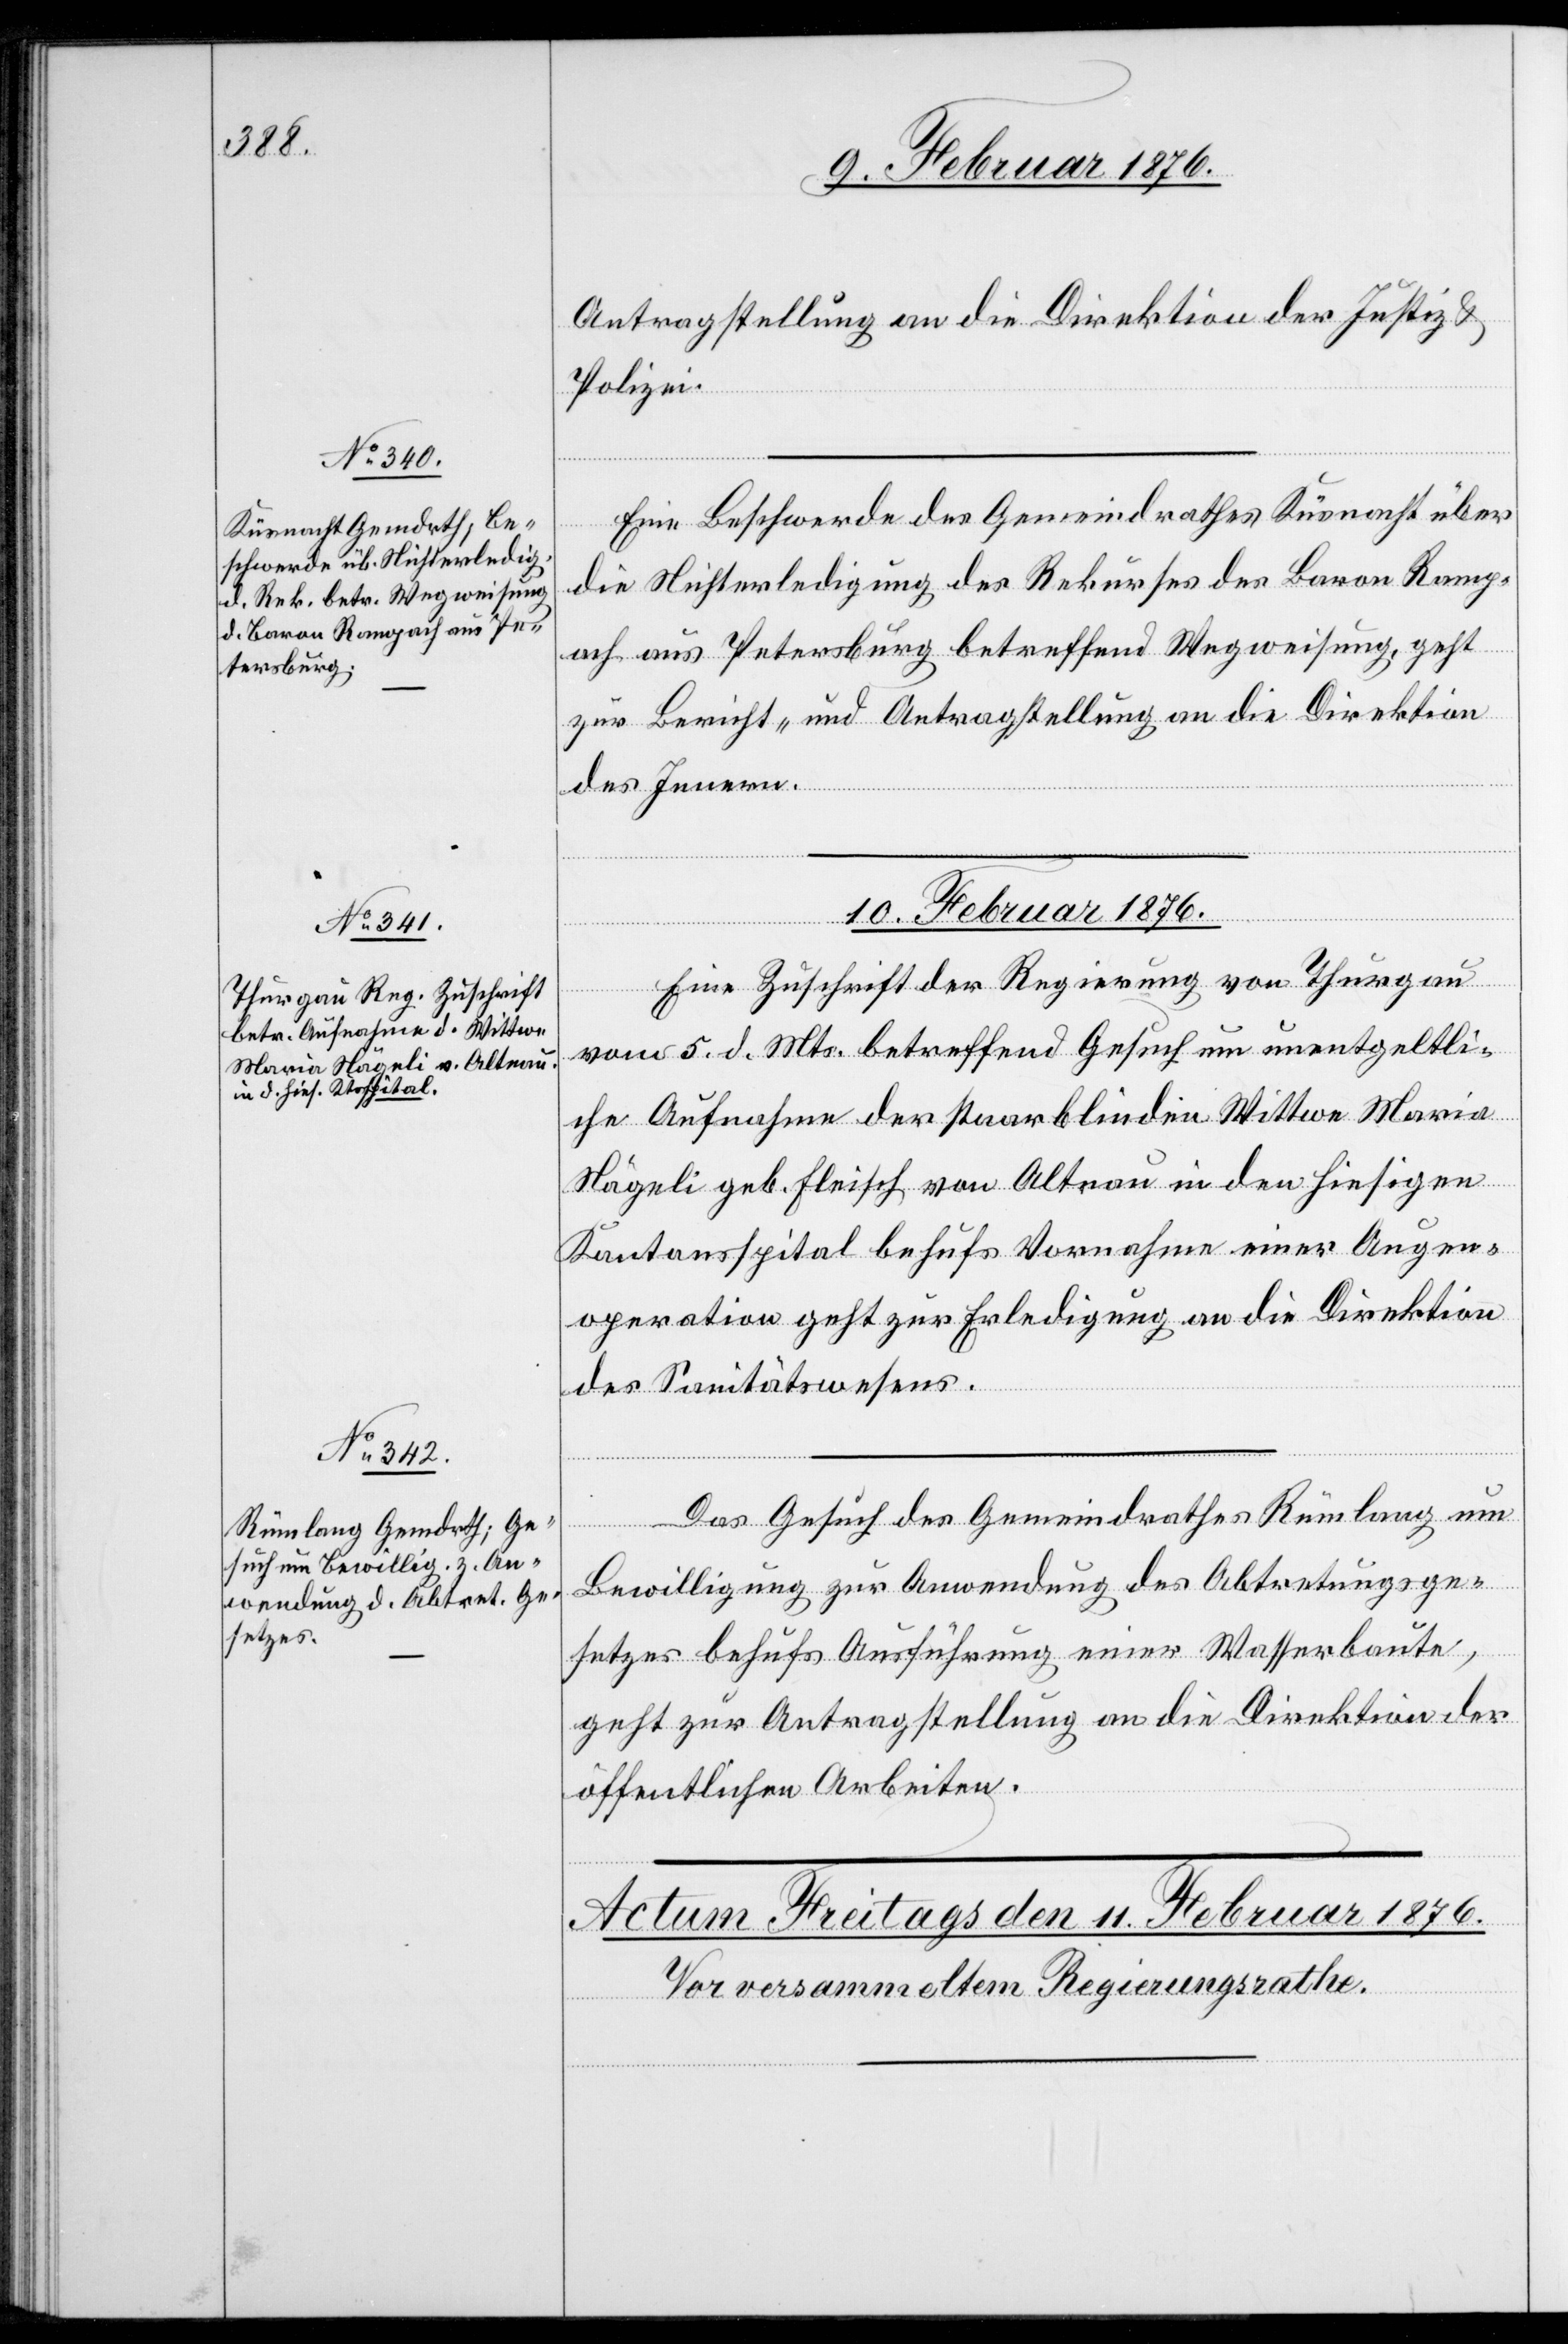
9. Februar 1876.]
Antragstellung an die Direktion der Justiz &
Polizei.
Eine Beschwerde des Gemeindrathes Küsnacht über
die Nichterledigung des Rekurses des Baron Rang¬
och aus Petersburg betreffend Wegweisung, geht
zur Bericht- und Antragstellung an die Direktion
des Innern.
10. Februar 1876.
Eine Zuschrift der Regierung von Thurgau
vom 5. d. Mts. betreffend Gesuch um unentgeltli¬
che Aufnahme der staarblinden Wittwe Maria
Nägeli geb. Fleisch von Altnau in den hiesigen
Kantonsspital behufs Vornahme einer Augen¬
operation geht zur Erledigung an die Direktion
des Sanitätswesens.
Das Gesuch des Gemeindrathes Rümlang um
Bewilligung zur Anwendung des Abtretungsge¬
setzes behufs Ausführung einer Wasserbaute,
geht zur Antragstellung an die Direktion der
öffentlichen Arbeiten.